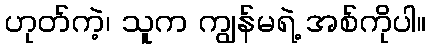
ဟုတ်ကဲ့၊ သူက ကျွန်မရဲ့ အစ်ကိုပါ။